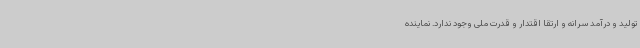
تولید و درآمد سرانه و ارتقا اقتدار و قدرت ملی وجود ندارد. نماینده